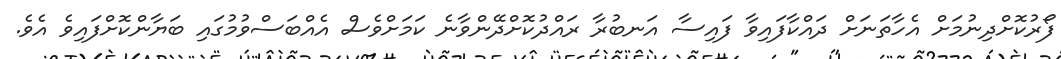
ފޯރުކޮށްދިނުމަށް އެހާތަނަށް ދައްކާފައިވާ ފައިސާ އަނބުރާ ރައްދުކޮށްދޭންވާނެ ކަމަށްވެސް އެއްބަސްވުމުގައި ބަޔާންކޮށްފައިވެ އެވެ.